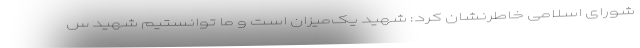
شورای اسلامی خاطرنشان کرد: شهید یک‌میزان است و ما توانستیم شهید س